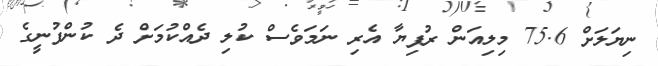
ނިޔަލަށް 75.6 މިލިއަން ރުފިޔާ އެރި ނަމަވެސް ކުލި ދެއްކުމަށް ދެ ކުންފުނީގެ